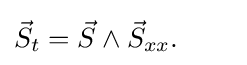
{\vec {S}}_{t}={\vec {S}}\wedge {\vec {S}}_{xx}.\qquad